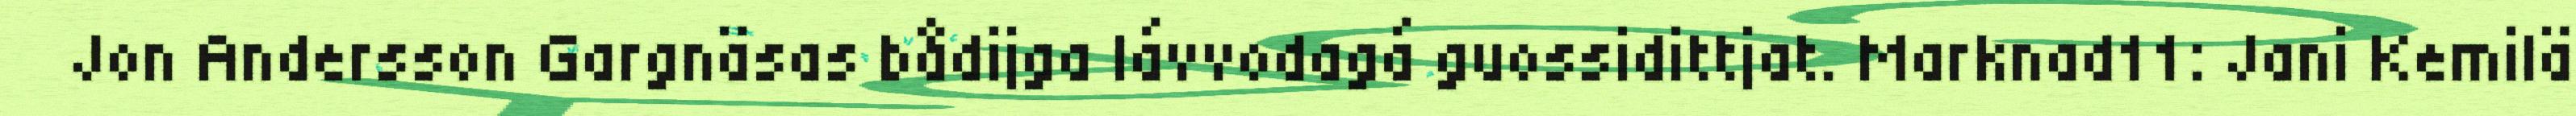
Jon Andersson Gargnäsas bådijga lávvodagá guossidittjat. Marknad11: Jani Kemilä